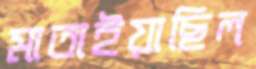
মাতাইয়াছিল